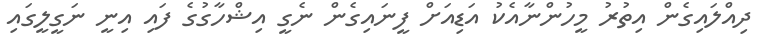
ދިއްލައިގެން އިތުރު މީހުންނާއެކު އަޑިއަށް ފީނައިގެން ނެގީ އިޝްހާގުގެ ފައި އިނީ ނަގީލީގައި